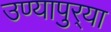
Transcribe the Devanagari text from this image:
उण्यापुर्‍या